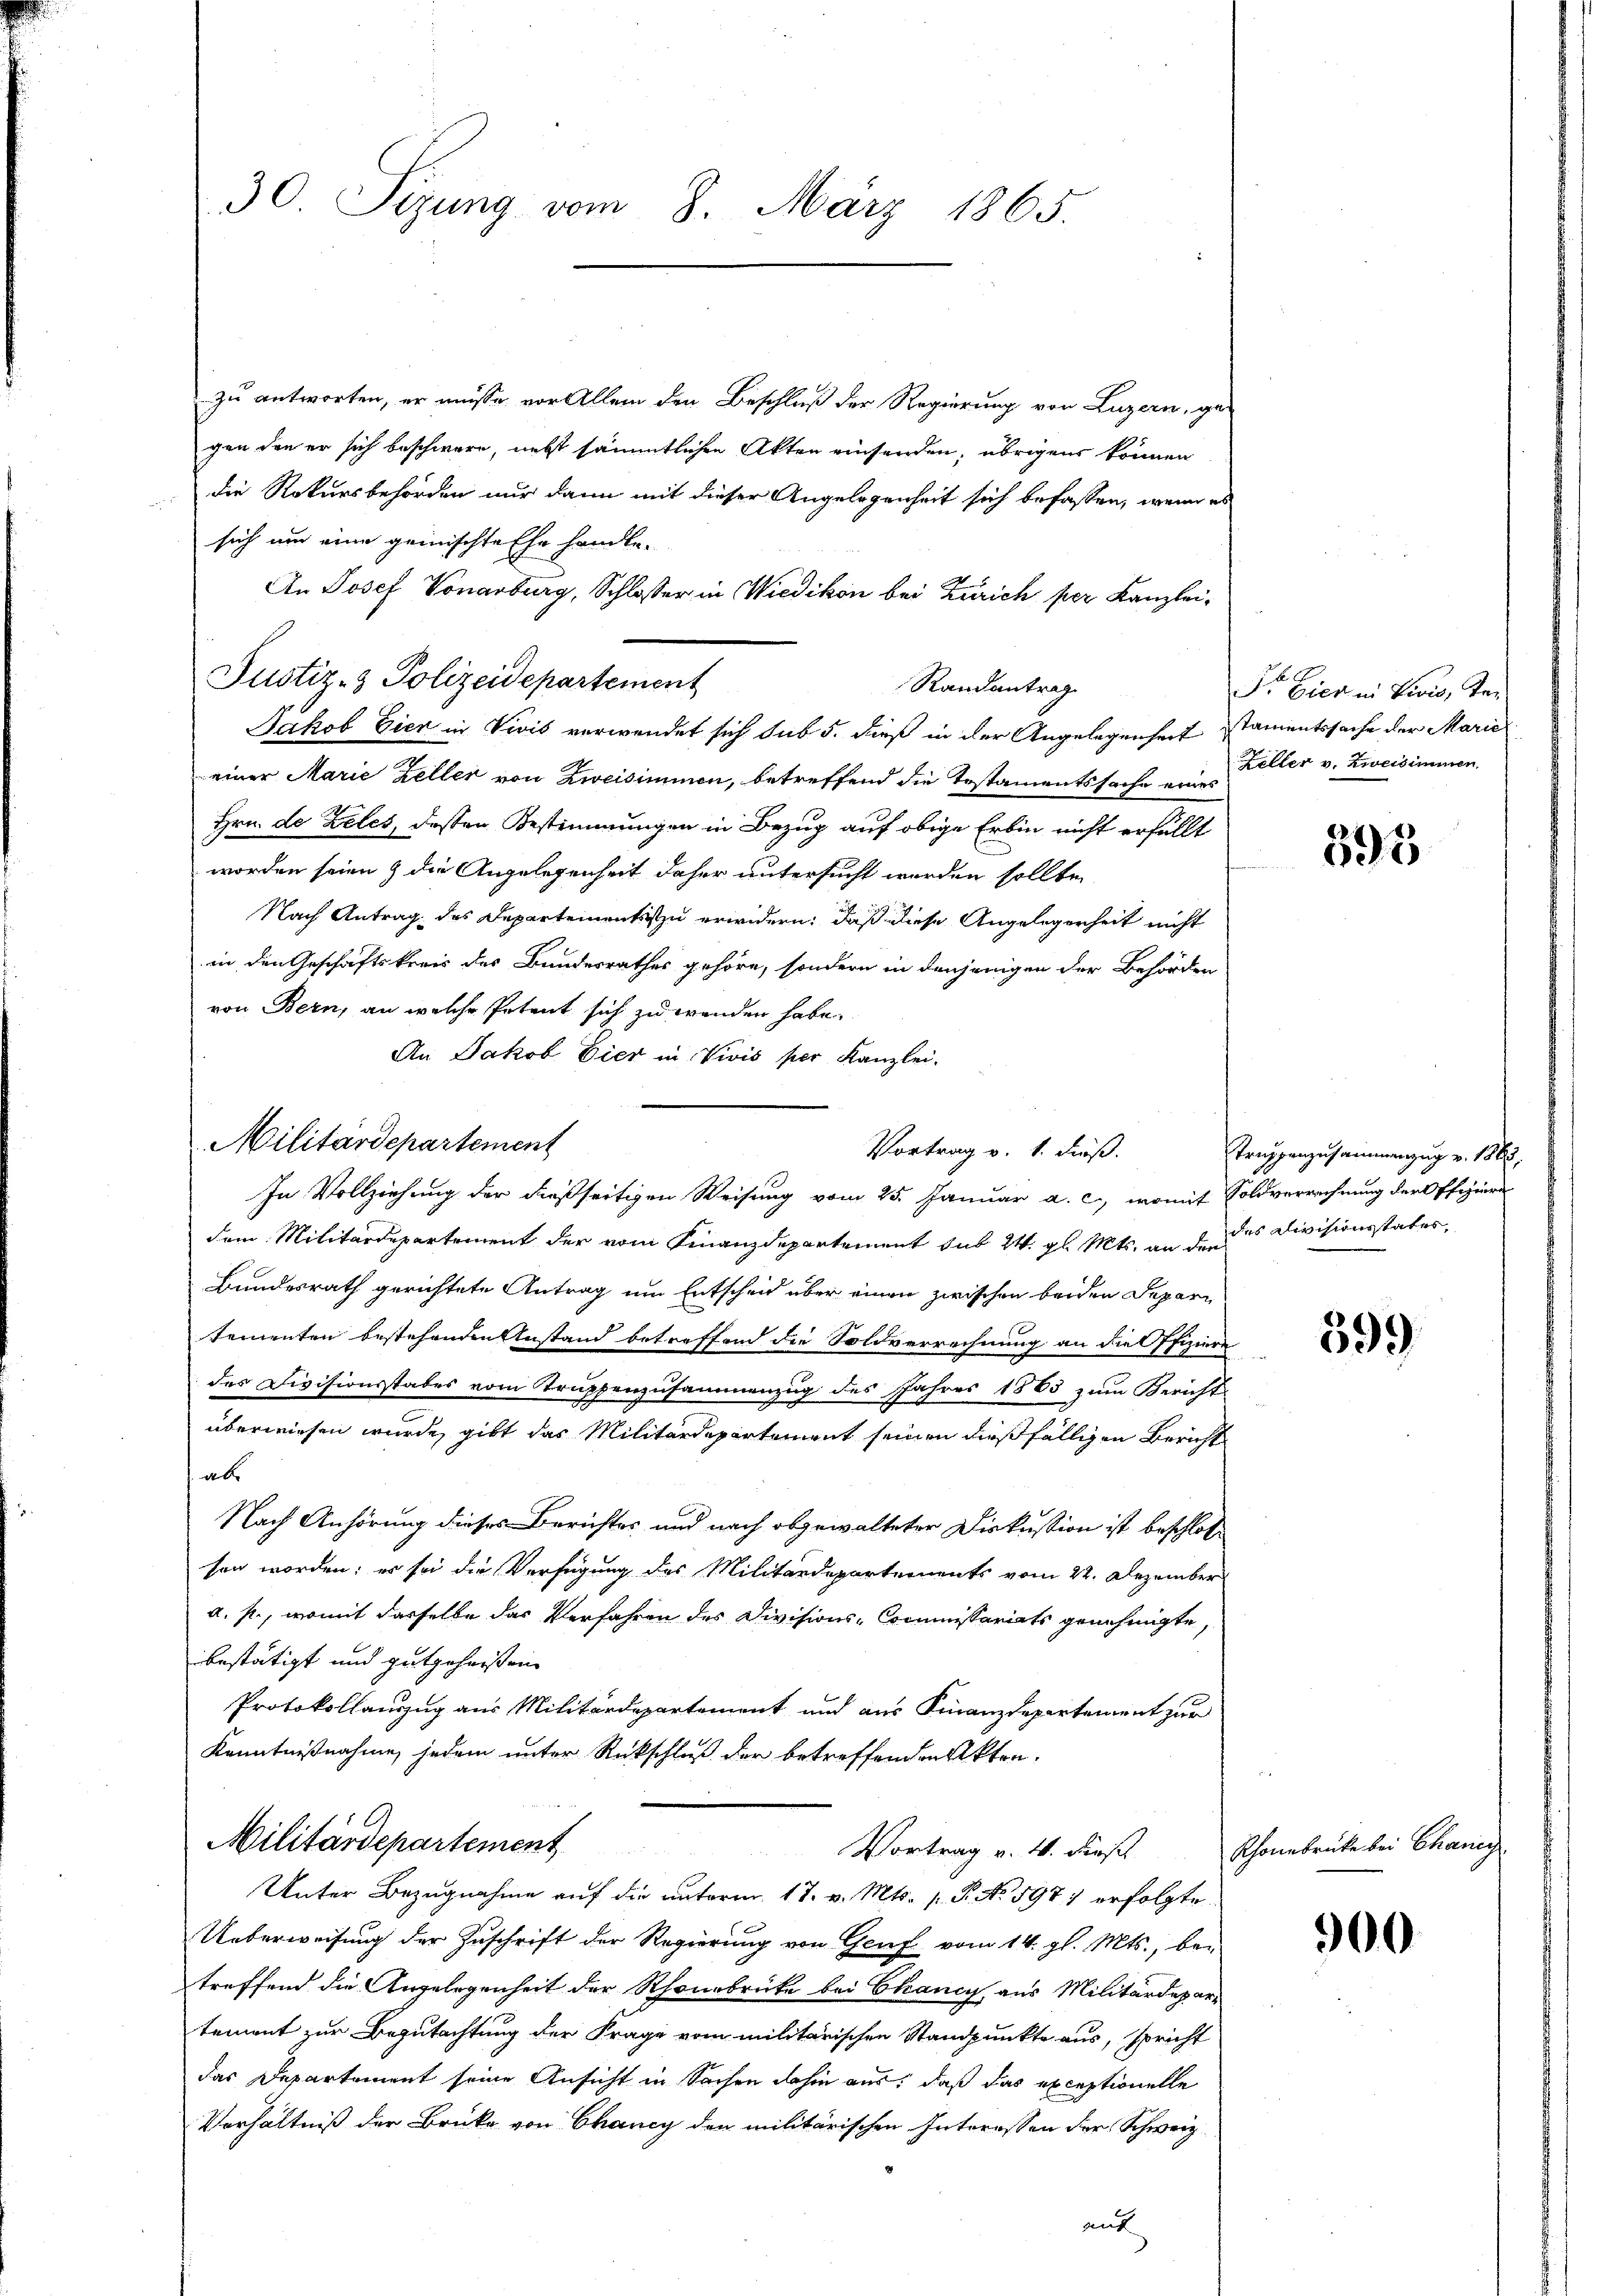
30. Sizung vom 8. März 1865.

zu antworten, er müsse, vor Allem den Beschluß der Regierung von Luzern, gegen den er sich beschwere, nebst sämmtlichen Akten einsenden, übrigens können
die Rekursbehörden nur dann mit dieser Angelegenheit sich befassen, wenn es
sich um eine geinischte Ehe handle.
An Josef Vorarburg, Schlosser in Wiedikon bei Zürich per Kanzleieiner Marie Zeller von Zweisimmen, betreffend die Testamentssache eines
Hrn. de Zeles, dessen Bestimmungen in Bezug auf obige Erbin nicht erfüllt
worden seien & die Angelegenheit daher untersucht werden sollte,
Nach Antrag des Departements zu erwidern, daß diese Angelegenheit nicht
in den Geschäftskreis des Bundesrathes gehöre, sondern in denjenigen der Behörden
von Bern, an welche Petent sich zu wenden habe.
An Jakob Eier in Vivis per Kanzlei-
In Vollziehung der dießseitigen Weisung vom 25. Januar a. c., womit Soldverrechnung der Offiziere
dem Militärdepartement der vom Finanzdepartement sub 24. gl. Mts. an des Divisionsstater,
Bundesrath gerichtete Antrag um Entscheid über einen zwischen beiden Depari
tementen bestehenden Anstand betreffend die Soldverrechnung an die Offiziere
des Divisionsstabes vom Truppenzusammenzug des Jahres 1865 zum Bericht
überwiesen wurde, gibt das Militärdepartement seinen dießfälligen Bericht
ab
Nach Anhörung dieses Berichtes und nach abgewalteter Diskussion ist beschloß
sen worden; es sei die Verfügung des Militärdepartements vom 22. Dezember
a. p., womit dasselbe das Verfahren des Divisions-Commissariats genehmigte,
bestätigt und gutgeheisten
Protokollanzug aus Militärdepartement und aus Finanzdepartement zur
Kenntnißnahme, jedem unter Rückschluß der betreffenden Akten.
Militärdepartement
Vortrag v. 4. dieß
Unter Bezugnahme auf die unterm 17. v. Mts. 1. P. No. 597) erfolgte
Ueberweisung der Zuschrift der Regierung von Genf vom 14. gl. Mts., bei
treffend die Angelegenheit der Rhonabrücke bei Chancy aus Militärdepartement zur Begutachtung der Frage vom militärischen Standpunkte aus, spricht
das Departement seine Ansicht in Sachen dahin aus, daß das exceptionelle
Verhältniß der Brüke von Chancy den militärischen Interessen der Schweiz
auf

Justiz- & Polizeidepartement

Militärdepartement

Randantrag
Jakob Eier in Vivis verwendet sich sub 5. dieß in der Angelegenheit stamentssache der Marie

Vortrag v. 1. dieß.

Sr. Eier in Lion, Ter
Zeller v. Zweisimmen.

395

Truppenzusammenzug v. 1862,

599)

Rhonebrücke bei Chances

900